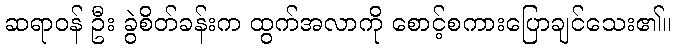
ဆရာဝန် ဦး ခွဲစိတ်ခန်းက ထွက်အလာကို စောင့်စကားပြောချင်သေး၏။